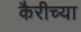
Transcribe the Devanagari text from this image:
कैरीच्या